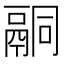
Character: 𮹑